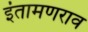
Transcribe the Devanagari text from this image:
इंतामणराव